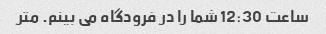
ساعت 12:30 شما را در فرودگاه می بینم. متر